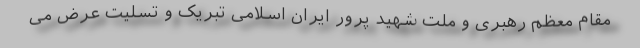
مقام معظم رهبری و ملت شهید پرور ایران اسلامی تبریک و تسلیت عرض می